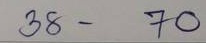
38 - 70